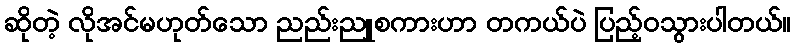
ဆိုတဲ့ လိုအင်မဟုတ်သော ညည်းညူစကားဟာ တကယ်ပဲ ပြည့်ဝသွားပါတယ်။